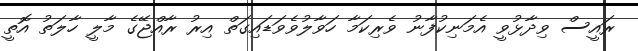
ރައީސް ވިދާޅުވީ އެމަނިކުފާނު ވެރިކަމާ ހަވާލުވެވަޑައިގަތް އިރު ރާއްޖޭގެ މާލީ ހާލަތު އޮތީ